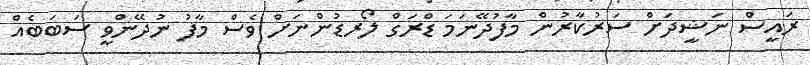
ރައީސް ނަޝީދަށް ސަރުކާރުން މާފުދޭނަމަ ޑްރަގް ލޯރޑުންނަށް ވެސް މާފު ނުދޭންވީ ސަބަބެއް